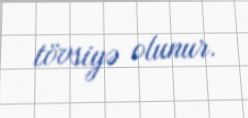
tövsiyə olunur.